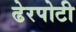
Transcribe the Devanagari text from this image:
ढेरपोटी